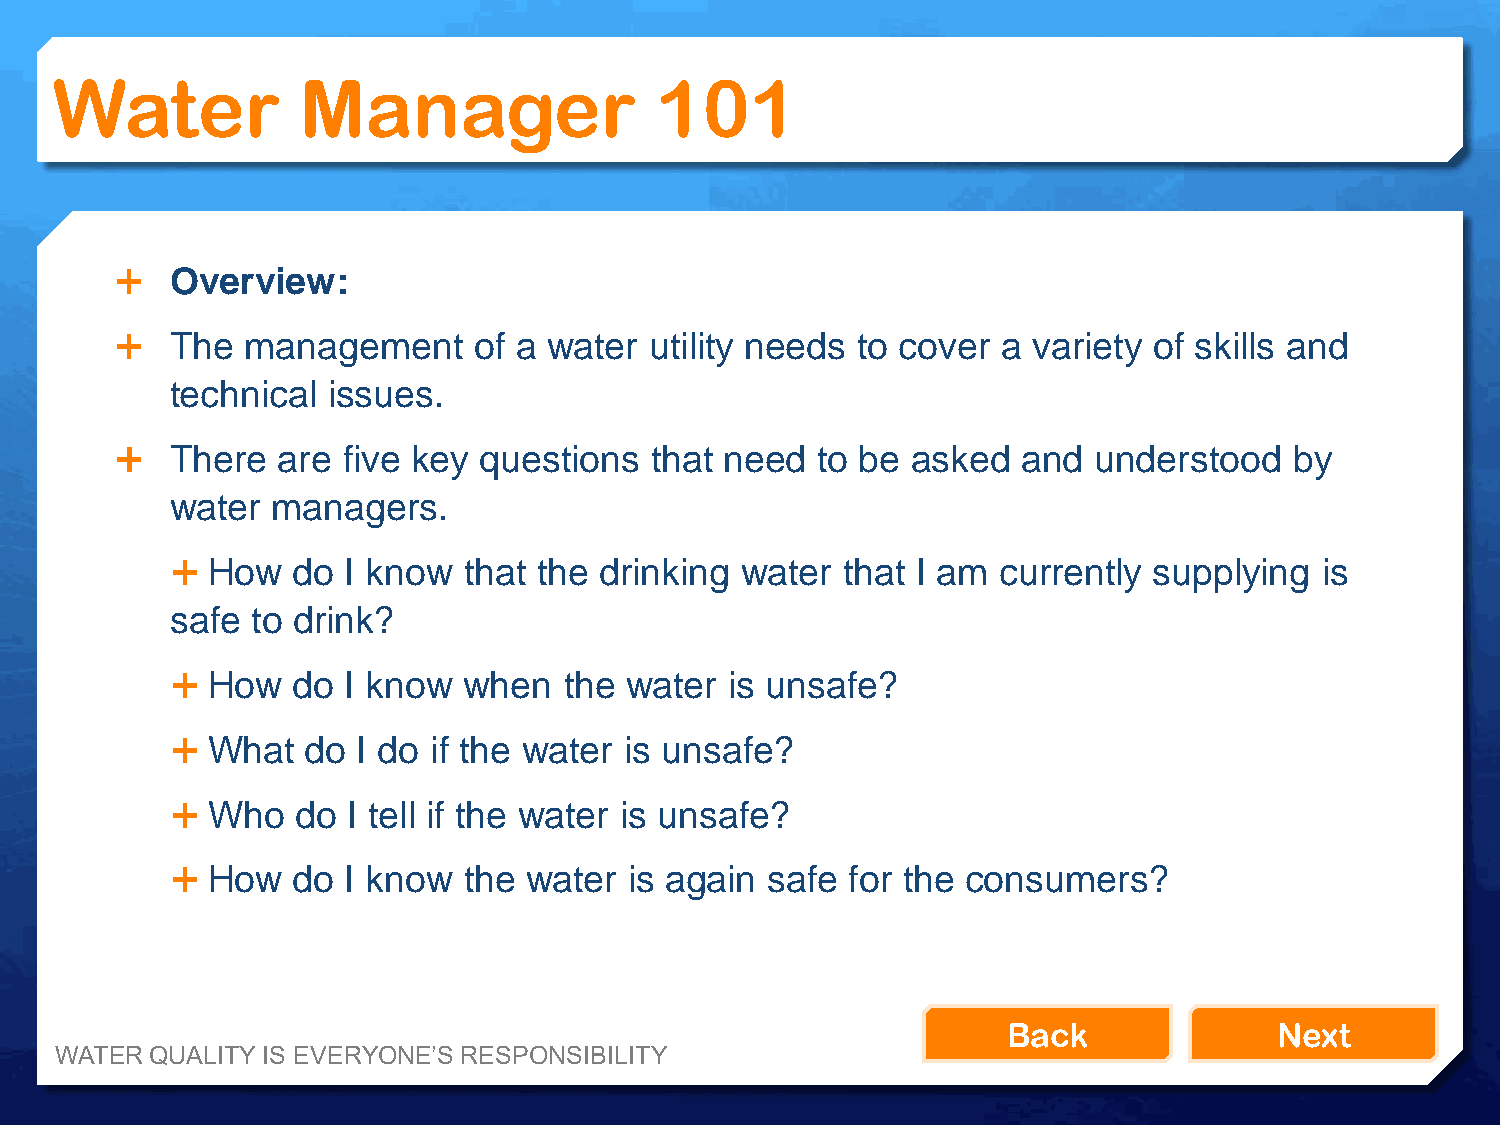
Water            Manager                101
   Overview:
   The  management     of a water  utility needs to cover a variety of skills and
 technical  issues.
   There  are  five key questions  that need  to be asked   and understood    by
 water  managers.
   How  do  I know  that the drinking water  that I am currently supplying   is
 safe  to drink?
   How  do  I know  when  the water  is unsafe?
   What  do  I do if the water is unsafe?
   Who   do I tell if the water is unsafe?
   How  do  I know  the water  is again safe for the consumers?
 Back              Next
 WATER QUALITY IS EVERYONE’S RESPONSIBILITY